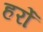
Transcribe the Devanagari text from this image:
हर्रो